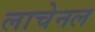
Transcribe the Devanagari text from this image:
लाचेनल